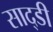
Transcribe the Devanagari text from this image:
साद्डी